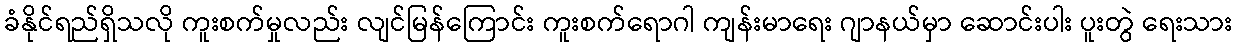
ခံနိုင်ရည်ရှိသလို ကူးစက်မှုလည်း လျင်မြန်ကြောင်း ကူးစက်ရောဂါ ကျန်းမာရေး ဂျာနယ်မှာ ဆောင်းပါး ပူးတွဲ ရေးသား